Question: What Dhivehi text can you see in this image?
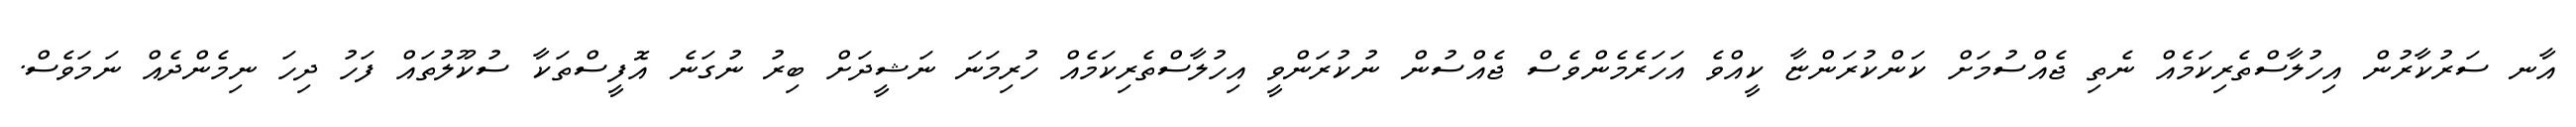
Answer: އާނ ސަރުކާރުން އިހުލާސްތެރިކަމެއް ނެތި ޖެއްސުމަށް ކަންކުރަންޏާ ކީއްވެ އަހަރެމެންވެސް ޖެއްސުން ނުކުރަންވީ އިހުލާސްތެރިކަމެއް ހުރިމަނަ ނަޝީދަށް ބިރު ނުގަނެ އޮފީސްތަކާ ސުކޫލުތައް ފަހު ދިހަ ނިމެންދެއް ނަމަވެސް.